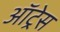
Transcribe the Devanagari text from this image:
ऑट्रेस